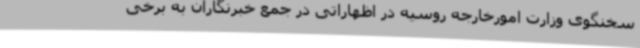
سخنگوی وزارت امورخارجه روسیه در اظهاراتی در جمع خبرنگاران به برخی